Annual administration report of the Civil Veterinary Department of India - 1895-1896
Year: 1895
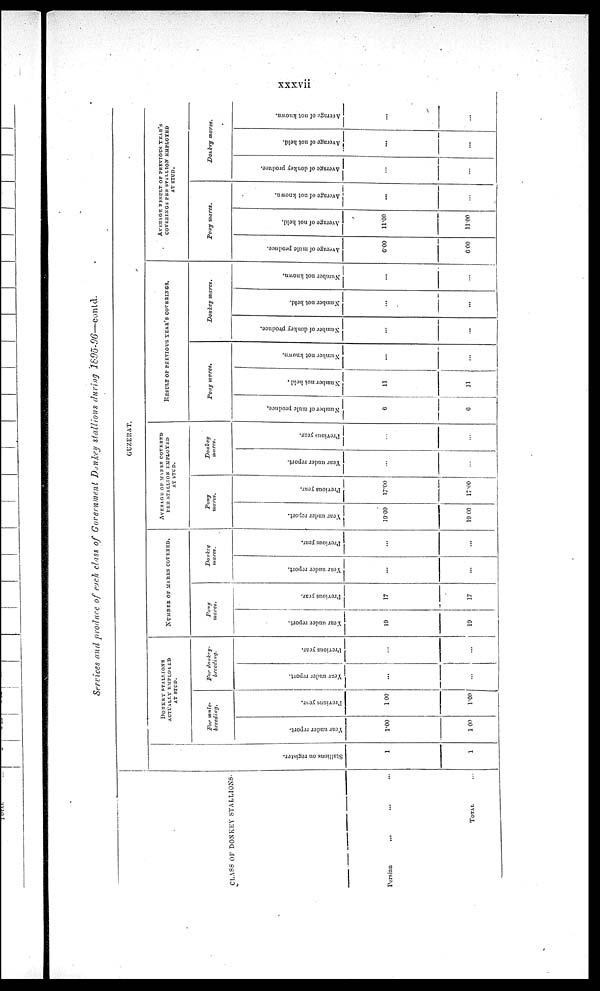
xxxvii
Services and produce of each class of Government Donkey stallions
during
1895-96—contd.
CLASS OF DONKEY STALLIONS
Persian ... ... ...
TOTAL ...
GUZERAT.
Stallions on register.
1
1
DONKEY STALLIONS
ACTUALLY EMPLOYED
AT STUD.
For mule-
breeding.
Year
under report.
1.00
1 00
Previous
year.
1 00
1.00
For donkey-
breeding.
Year
under report.
...
...
Previous
year.
...
...
NUMBER OF MARES COVERED.
Pony
mares.
ear under report.
19
19
Previous
year.
17
17
Donkey
mares.
car under report.
...
...
Previous
year.
...
...
AVERAGE OF MARES COVERED
PER STALLION EMPLOYED
AT STUD.
Pony
mares.
Year
under report.
19.00
19.00
Previous
year.
17.00
17.00
Donkey
mares.
Year
under report.
...
...
Previous
year.
...
...
RESULT OF PREVIOUS YEAR'S COVERINGS
Pony mares.
umber of mule produce.
6
6
Number
not held.
11
11
Number
not known.
...
...
Donkey
mares.
Number
of donkey produce.
...
...
umber not held.
...
...
Number
not known.
...
...
AVERAGE RESULT OF PREVIOUS YEAR'S
Pony mares.
Average
of mule produce.
6.00
6.00
Average
of not held.
11.00
11.00
Average
of not known.
...
...
Donkey
mares.
Average of donkey produce.
...
...
Average
of not held.
...
...
Average
of not known.
...
...